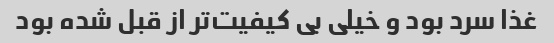
غذا سرد بود و خیلی بی کیفیت‌تر از قبل شده بود